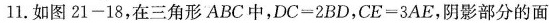
11.如图21-18，在三角形ABC中，DC=2BD，CE=3AE，阴影部分的面